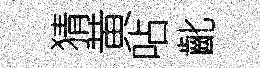
猜黄呫齔